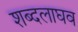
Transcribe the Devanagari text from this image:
शब्दलाघव